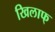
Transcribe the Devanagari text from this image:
खिलाफ्